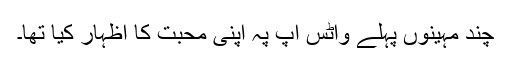
چند مہینوں پہلے واٹس اپ پہ اپنی محبت کا اظہار کیا تھا۔